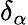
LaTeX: \delta_{\alpha}